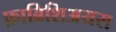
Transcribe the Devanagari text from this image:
फ़ाब्रिशिअयस